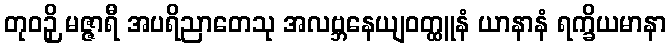
တုဝဉှိ မဇ္ဇာရီ အပရိညာတေသု အလဗ္ဘနေယျဝတ္ထူနံ ယာနာနံ ရက္ခိယမာနာ